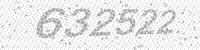
Solution: 632522